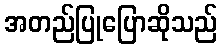
အတည်ပြုပြောဆိုသည်